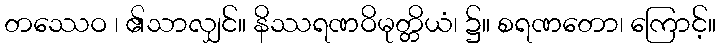
တဿေဝ ၊ ၏သာလျှင်။ နိဿရဏဝိမုတ္တိယံ၊ ၌။ စရဏတော၊ ကြောင့်။